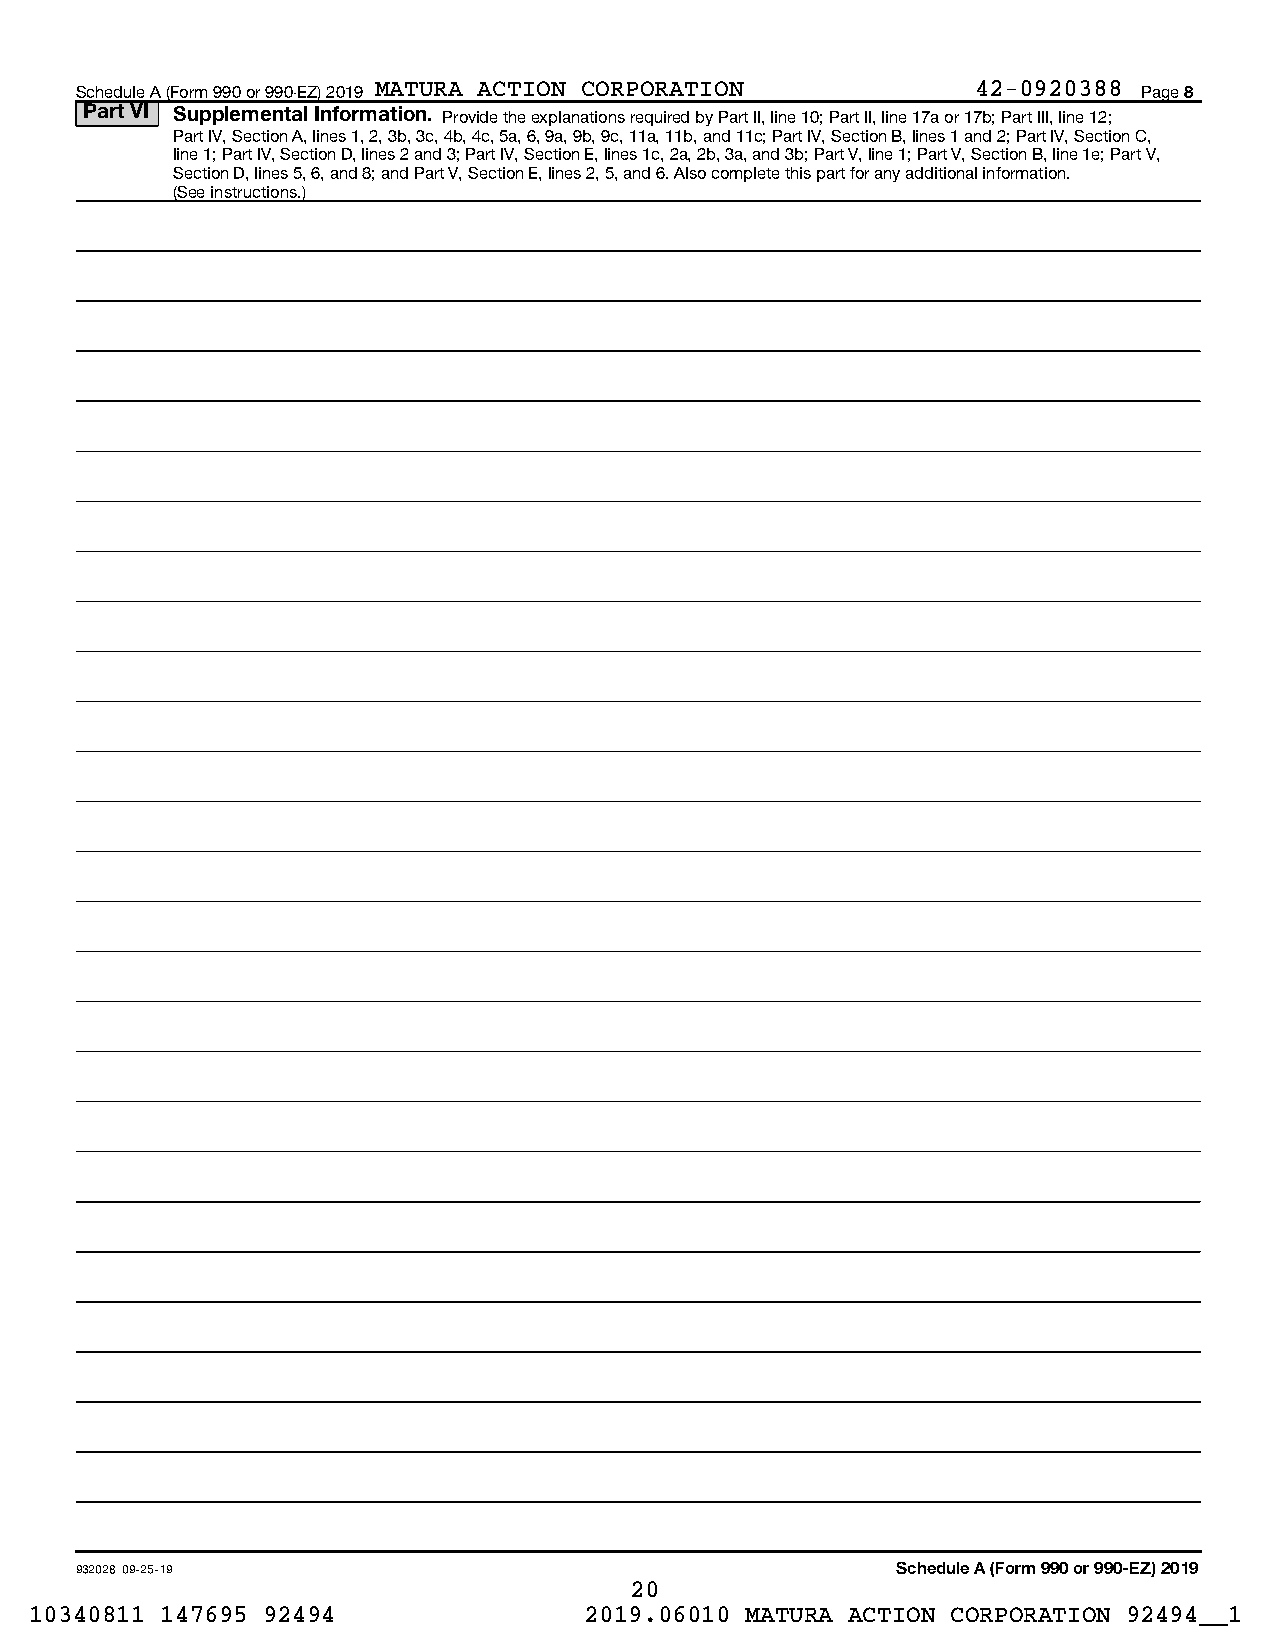
Schedule A (Form 990 or 990-EZ) 2019 MATURA ACTION CORPORATION 42-0920388 Page 8
 Part VI Supplemental Information. Provide the explanations required by Part II, line 10; Part II, line 17a or 17b; Part III, line 12;
 Part IV, Section A, lines 1, 2, 3b, 3c, 4b, 4c, 5a, 6, 9a, 9b, 9c, 11a, 11b, and 11c; Part IV, Section B, lines 1 and 2; Part IV, Section C,
 line 1; Part IV, Section D, lines 2 and 3; Part IV, Section E, lines 1c, 2a, 2b, 3a, and 3b; Part V, line 1; Part V, Section B, line 1e; Part V,
 Section D, lines 5, 6, and 8; and Part V, Section E, lines 2, 5, and 6. Also complete this part for any additional information.
 (See instructions.)
 932028 09-25-19                                       Schedule A (Form 990 or 990-EZ) 2019
 20
 10340811 147695 92494                2019.06010 MATURA ACTION CORPORATION 92494__1